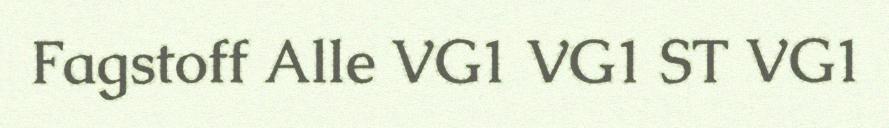
Fagstoff Alle VG1 VG1 ST VG1